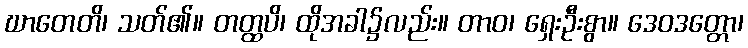
ဃာတေတိ၊ သတ်၏။ တတ္ထပိ၊ ထိုအခါ၌လည်း။ တာဝ၊ ရှေးဦးစွာ။ ဒေဝဒတ္တော၊